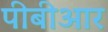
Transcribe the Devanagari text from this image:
पीबीआर